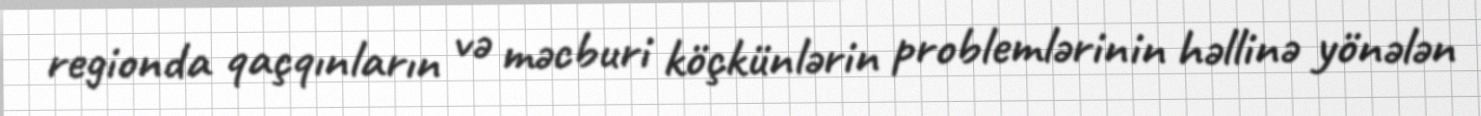
regionda qaçqınların və məcburi köçkünlərin problemlərinin həllinə yönələn